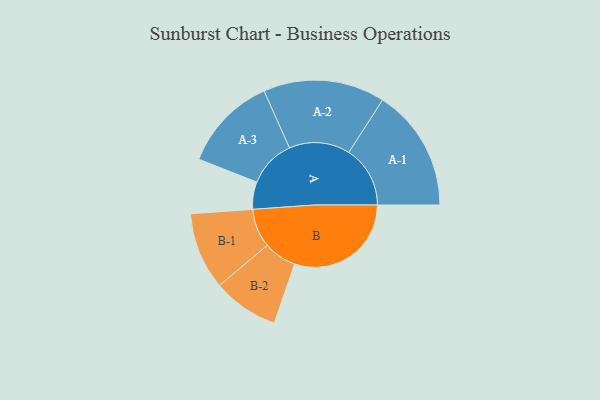
{"axis": {"x": "Segment", "y": "Value"}, "legend": ["", "A", "B"], "data": [{"x": "A", "y": 111, "type": ""}, {"x": "B", "y": 474, "type": ""}, {"x": "A-1", "y": 249, "type": "A"}, {"x": "A-2", "y": 247, "type": "A"}, {"x": "A-3", "y": 193, "type": "A"}, {"x": "B-1", "y": 157, "type": "B"}, {"x": "B-2", "y": 134, "type": "B"}]}